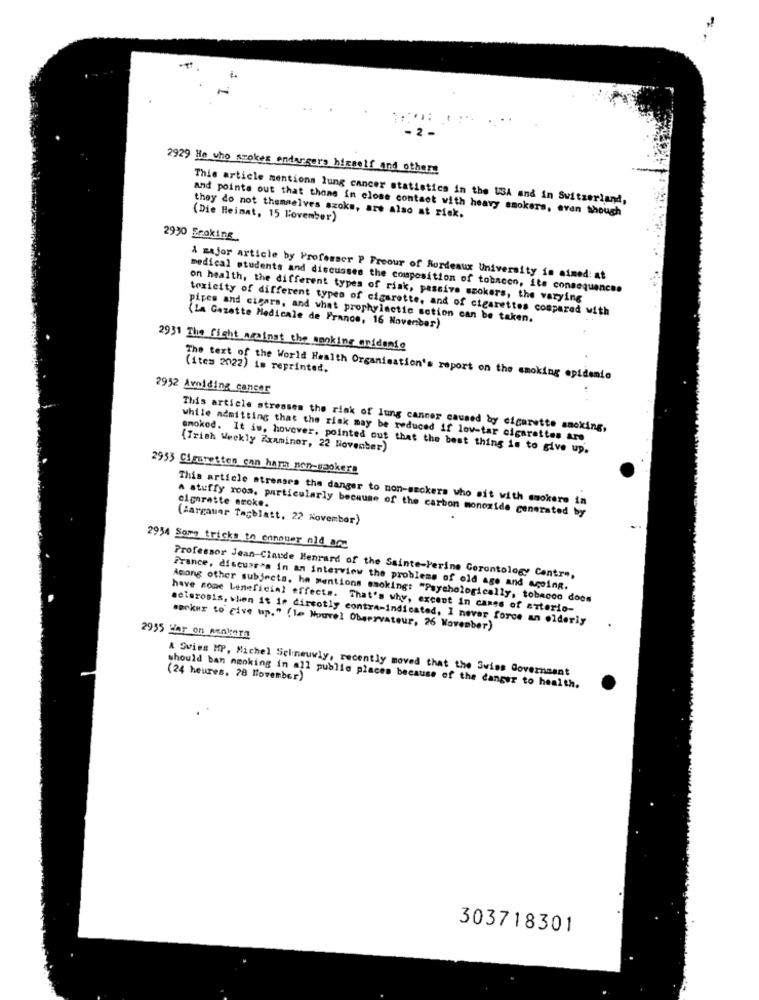
2929 He who smokes endargers himself and others
This article mentions lung cancer statistics in the USA and in Switzerland,
and points out that thone in close contact with heavy smokers, even though
they do not themselves szoke, are also at risk.
(Die Heimat, 15 Lovember)
2930 Eroking
& major article by Professer P Freour of Bordeaux University in aimed: at
medical students and discusses the composition of tobacon, its consequences
on health, the different types of risk, passive smokers, the varying
toxicity of different types of cigarette, and of cigarettes compared with
pipes and cigars, and what prophylactic sction can be taken.
(La Gazette Medicale de France, 16 November)
2931 The fight against the smoking onidenie
(ite= 2022) is reprinted.
The text of the World Health Organisation's report on the smoking epidemio
2952 Avoiding concor
This article stresses the risk of lung canner caused by cigarette smoking,
while admitting that the risk may be reduced if low-tar cigarettes are
smoked. It is, however, pointed out that the best thing is to give up.
(Trich Weekly Examiner, 22 November)
2953 Cigaretten can harn nen-spokers
This article atrenses the danger to non-smokers who sit with smokere i
cigarette neoke.
A stuffy room, particularly because of the carbon monoxide generated by
(Aargauer Tagblatt, 22 November)
2934 Some tricks to ennouer old ang
Professor Jean-Claude Henrard of the Sainte-Perine Gerontology Centre,
France, discuss's in an interview the problems of old age and ageing.
Among other subjects, he mentions smokingt "Psychologically, tobacco docs
have some Leneficial effects. That's why, excent in cases of arterio-
sclerosis, when it is dircotly contra-indicated, I never force an elderly
markus to give up. " ( le Nouvel Observateur, 26 November)
2955 War on menbers
A Sviss MP, Michel Selineuwly, recently moved that the Swiss Government
(24 heures, 28 November)
should ban smoking in all public places because of the danger to health.
303718301